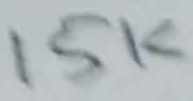
Text: 15K